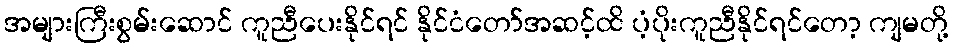
အများကြီးစွမ်းဆောင် ကူညီပေးနိုင်ရင် နိုင်ငံတော်အဆင့်ထိ ပံ့ပိုးကူညီနိုင်ရင်တော့ ကျမတို့